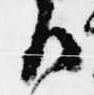
御